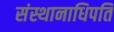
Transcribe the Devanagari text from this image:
संस्थानाधिपति